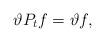
LaTeX: \begin{align*}\vartheta P_{t}f = \vartheta f,\end{align*}